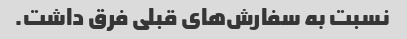
نسبت به سفارش‌های قبلی فرق داشت.